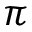
\pi